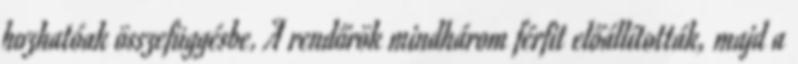
hozhatóak összefüggésbe. A rendőrök mindhárom férfit előállították, majd a